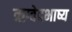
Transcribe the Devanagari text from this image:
ऋग्वेदभाष्य